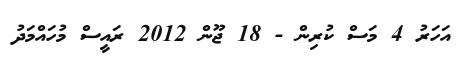
އަހަރު 4 މަސް ކުރިން - 18 ޖޫން 2012 ރައީސް މުހައްމަދު